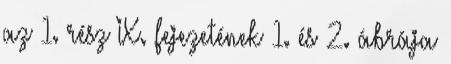
az 1. rész IX. fejezetének 1. és 2. ábrája